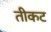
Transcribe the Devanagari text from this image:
तीकट